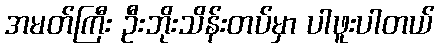
အမတ်ကြီး ဦးဘိုးသိန်းတပ်မှာ ပါဖူးပါတယ်